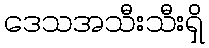
ဒေသအသီးသီးရှိ